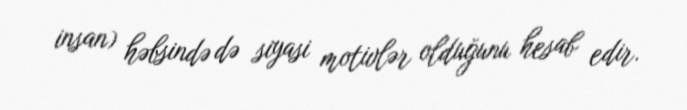
insan) həbsində də siyasi motivlər olduğunu hesab edir.